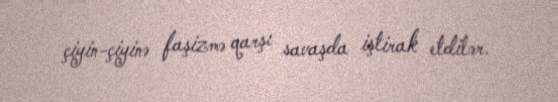
çiyin-çiyinə faşizmə qarşı savaşda iştirak etdilər.